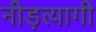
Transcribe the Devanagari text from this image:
नीड़त्यागी